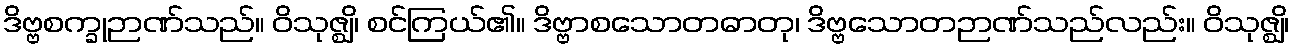
ဒိဗ္ဗစက္ခုဉာဏ်သည်။ ဝိသုဇ္ဈိ၊ စင်ကြယ်၏။ ဒိဗ္ဗာစသောတဓာတု၊ ဒိဗ္ဗသောတဉာဏ်သည်လည်း။ ဝိသုဇ္ဈိ၊